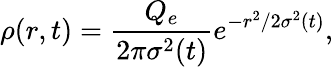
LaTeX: \rho(r,t)=\frac{Q_{e}}{2\pi\sigma^{2}(t)}e^{-r^{2}/2\sigma^{2}(t)},